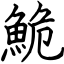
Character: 鮠